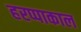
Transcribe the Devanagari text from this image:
हरप्पाकाल